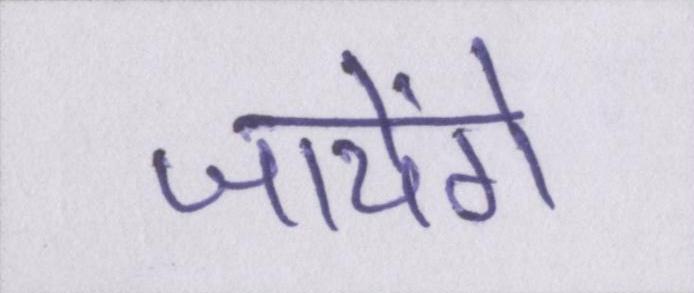
जायेंगे